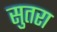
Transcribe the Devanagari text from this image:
सुतरा